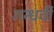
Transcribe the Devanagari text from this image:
गन्धर्वी